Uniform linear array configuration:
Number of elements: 64
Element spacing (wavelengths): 0.25
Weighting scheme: exponential
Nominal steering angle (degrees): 30
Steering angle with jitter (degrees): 31.153
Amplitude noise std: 0.05
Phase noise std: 0.05

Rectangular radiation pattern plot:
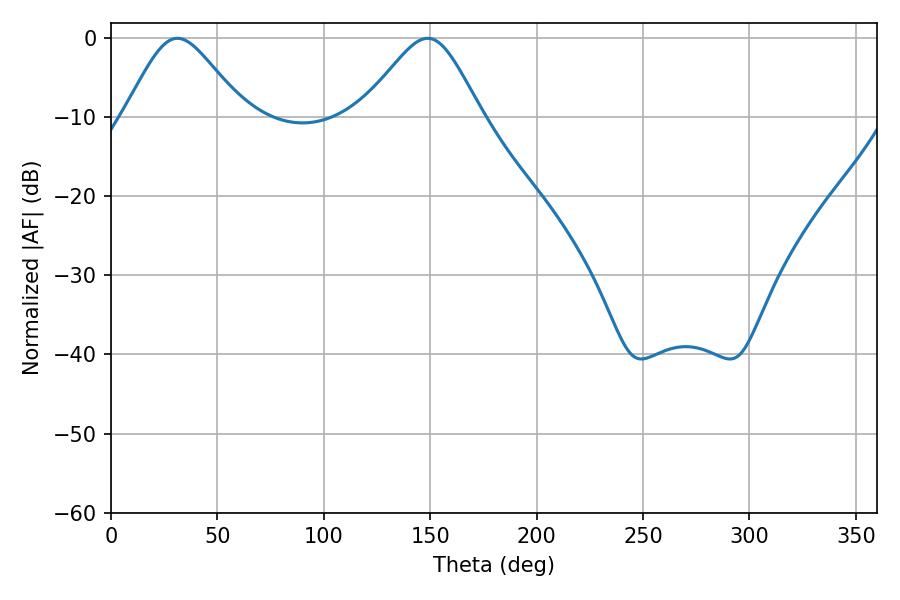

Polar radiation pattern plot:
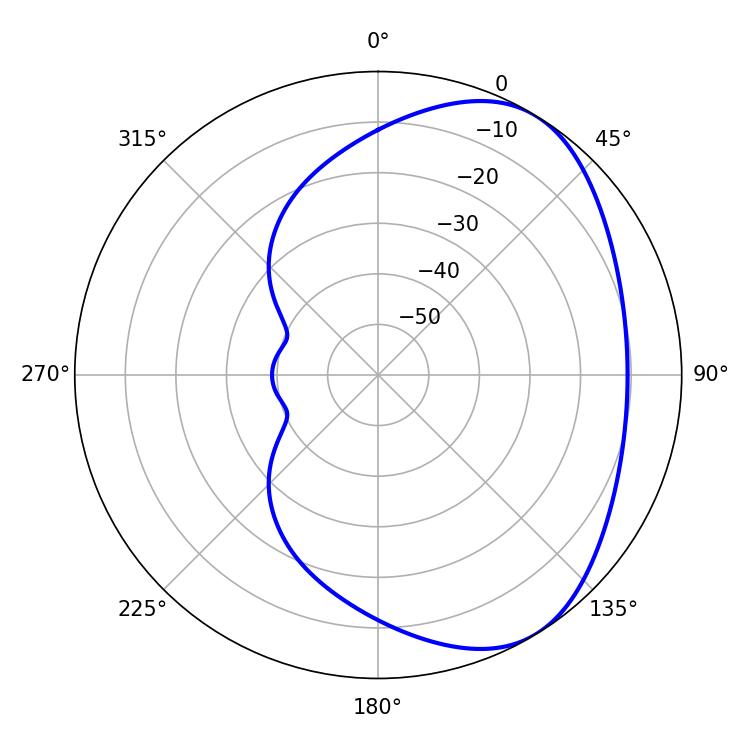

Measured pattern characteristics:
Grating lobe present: FALSE
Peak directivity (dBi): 4.769
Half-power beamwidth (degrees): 27.54
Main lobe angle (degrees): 31.14